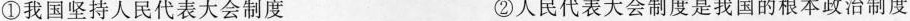
①我国坚持人民代表大会制度 ②人民代表大会制度是我国的根本政治制度